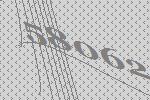
58062